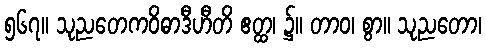
၅၆၇။ သုညတေကဝိဓာဒီဟီတိ ဧတ္ထ၊ ၌။ တာဝ၊ စွာ။ သုညတော၊